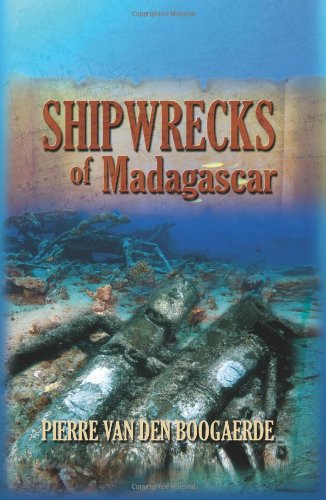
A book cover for Shipwrecks of Madagascar; Pierre Van Den Boogaerde; Travel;